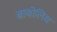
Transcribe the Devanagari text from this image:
बाथोलिथ